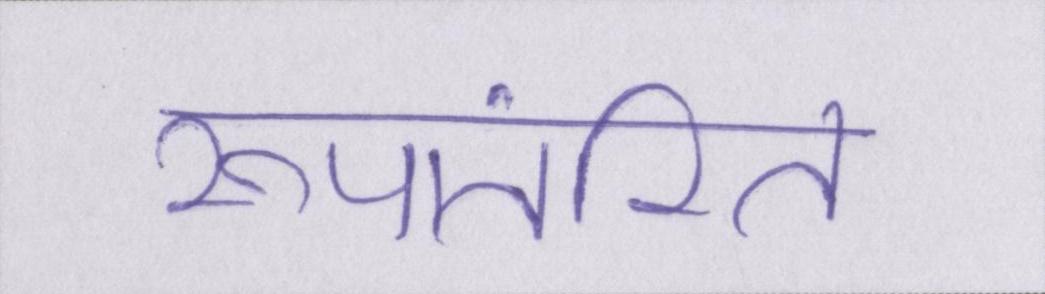
रूपांतरित